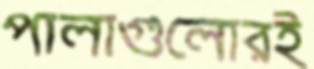
পালাগুলোরই